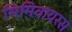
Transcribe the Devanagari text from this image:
मिमिवायरस